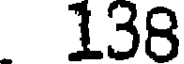
138